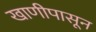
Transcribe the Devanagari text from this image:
खाणीपासून